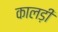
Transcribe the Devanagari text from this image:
कालड़ी